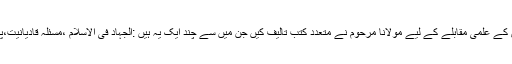
اسی دور کے بڑے بڑے فتنوں میں سے ایک فتنہ انکارحدیث کا بھی ہے ، جس کے علمی مقابلے کے لیے مولانا مرحوم نے متعدد کتب تالیف کیں جن میں سے چند ایک یہ ہیں :الجہاد فی الاسلام ،مسئلہ قادیانیت،پردہ ،اسلام اور ضبط ولادت،انسان کا معاشی مسئلہ اور اس کا اسلامی حل ،سود۔